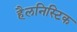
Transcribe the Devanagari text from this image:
हैलनिस्टिक